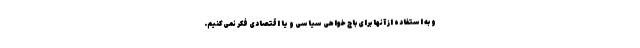
و به استفاده از آنها برای باج خواهی سیاسی و یا اقتصادی فکر نمی‌کنیم.